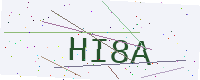
Text: HI8A